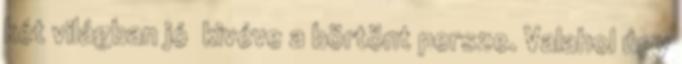
két világban jó kivéve a börtönt persze. Valahol úgy